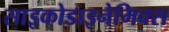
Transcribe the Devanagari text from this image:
साइकोडाइनेमिक्स